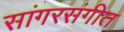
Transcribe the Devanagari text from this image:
सांगरसंगीत